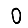
Digit: 0